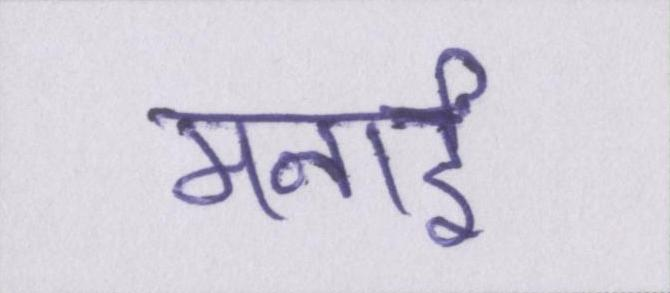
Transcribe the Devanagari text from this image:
मनाई